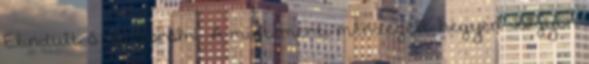
Elindult ő vándorolni. A mint ment, mendegélt hegyen völgyön